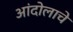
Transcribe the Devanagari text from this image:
आंदोलाचे